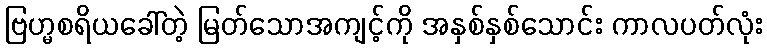
ဗြဟ္မစရိယခေါ်တဲ့ မြတ်သောအကျင့်ကို အနှစ်နှစ်သောင်း ကာလပတ်လုံး